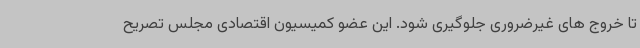
تا خروج های غیرضروری جلوگیری شود. این عضو کمیسیون اقتصادی مجلس تصریح